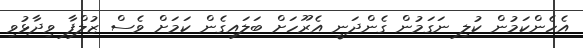
އެހެންކަމުން ކުލި ނަގަމުން ގެންދަނީ އެރޫހަށް ބަލައިގެން ކަމަށް ވެސް ޒުލްފާ ވިދާޅުވި